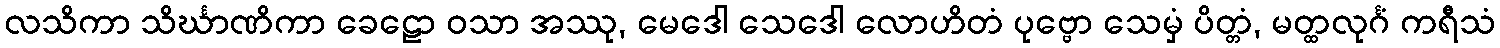
လသိကာ သိင်္ဃာဏိကာ ခေဠော ဝသာ အဿု, မေဒေါ သေဒေါ လောဟိတံ ပုဗ္ဗော သေမှံ ပိတ္တံ, မတ္ထလုင်္ဂံ ကရီသံ